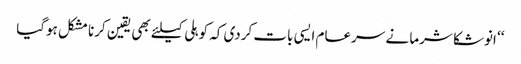
‘‘ انوشکا شرما نے سرعام ایسی بات کردی کہ کوہلی کیلئے بھی یقین کرنا مشکل ہوگیا